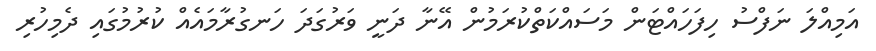
އަމިއްލަ ނަފްސު ހިފަހައްޓަން މަސައްކަތްކުރަމުން އޭނާ ދަނީ ވަރުގަދަ ހަނގުރާމައެއް ކުރުމުގައި ދެމިހުރި